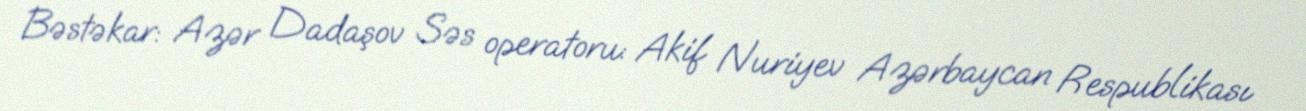
Bəstəkar: Azər Dadaşov Səs operatoru: Akif Nuriyev Azərbaycan Respublikası